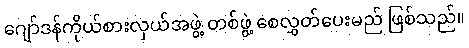
ဂျော်ဒန်ကိုယ်စားလှယ်အဖွဲ့ တစ်ဖွဲ့ စေလွှတ်ပေးမည် ဖြစ်သည်။